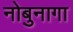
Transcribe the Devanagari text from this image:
नोबुनागा